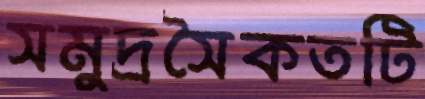
সমুদ্রসৈকতটি